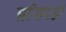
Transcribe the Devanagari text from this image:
प्रसिदद्धी